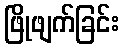
ဖြိုဖျက်ခြင်း